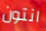
انتون